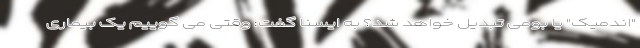
"اندمیک" یا بومی تبدیل خواهد شد؟ به ایسنا گفت: وقتی می گوییم یک بیماری